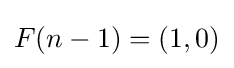
F(n-1)=(1,0)